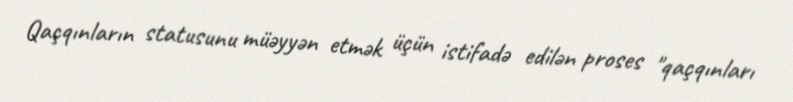
Qaçqınların statusunu müəyyən etmək üçün istifadə edilən proses "qaçqınları